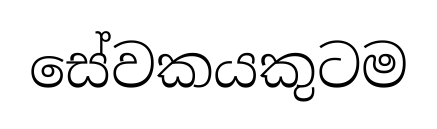
සේවකයකුටම